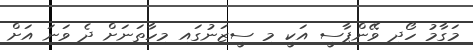
މަގާމު ހޯދި ވޭންޕާސީ އަކީ މި ސީޒަނުގައި މިހާތަނަށް ދެ ވަނަ އަށް